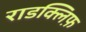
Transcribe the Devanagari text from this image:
राडक्लिफ़